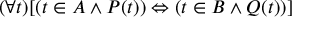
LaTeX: ( \forall t ) [ ( t \in A \land P ( t ) ) \Leftrightarrow ( t \in B \land Q ( t ) ) ]